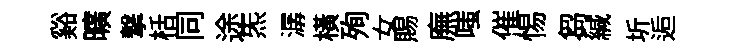
谿曠撃栝同途炁潺橫殉女賜廡嗤催惕芻緘圻逅